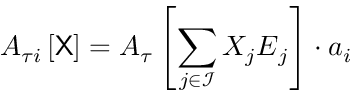
A _ { \tau i } \left[ { \sf X } \right] = \boldsymbol { A } _ { \u { \tau } } \left[ \sum _ { j \in \mathcal { I } } X _ { j } \boldsymbol { E } _ { j } \right] \cdot \boldsymbol { a } _ { i }